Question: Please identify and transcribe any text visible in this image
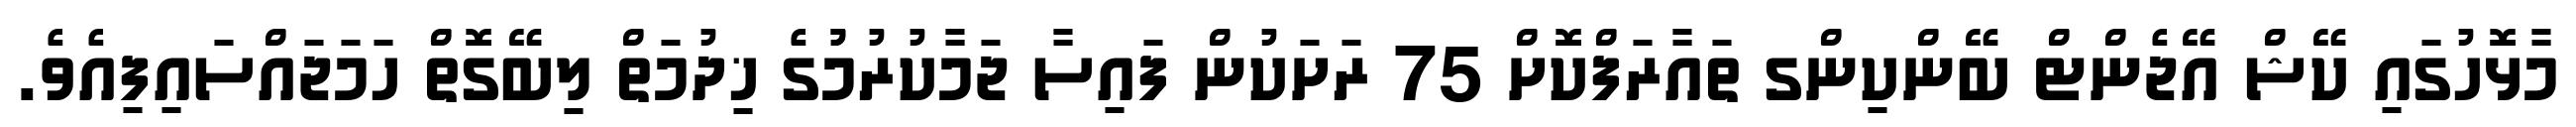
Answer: މާޅޮހުގައި ކޭޝް އޭޖެންޓް ބޭންކިންގ ތައާރަފްކޮށް 75 ރަށަކުން ފައިސާ ޖަމާކުރުމުުގެ ޚިދުމަތް ލިބޭގޮތް ހަމަޖައްސައިފިއެވެ.